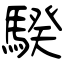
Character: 騤